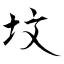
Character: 坟